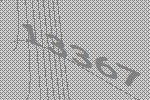
13367